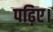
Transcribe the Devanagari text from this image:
पढ़िए।